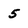
Character: 5